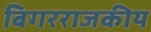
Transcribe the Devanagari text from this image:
बिगरराजकीय